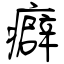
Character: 癖